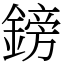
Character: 鎊